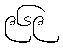
၉၆၉